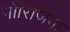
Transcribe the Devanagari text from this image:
गोरिजिया